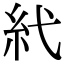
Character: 𥾐